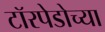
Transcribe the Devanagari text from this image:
टॉरपेडोच्या